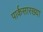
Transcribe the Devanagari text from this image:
पार्कसारख्या